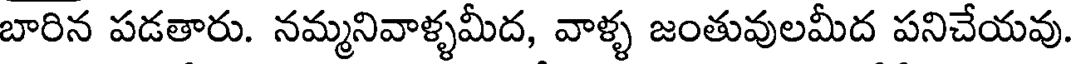
బారిన పడతారు. నమ్మనివాళ్ళమీద, వాళ్ళ జంతువులమీద పనిచేయవు